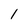
Character: 1